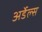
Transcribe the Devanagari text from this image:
अर्डेल्स